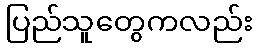
ပြည်သူတွေကလည်း